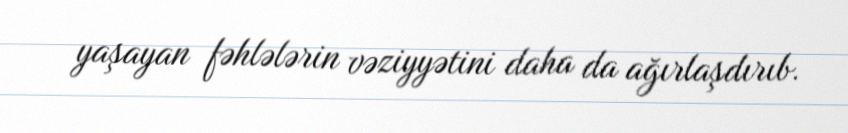
yaşayan fəhlələrin vəziyyətini daha da ağırlaşdırıb.